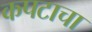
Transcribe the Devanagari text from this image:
कपटाचा